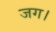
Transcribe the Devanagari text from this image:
जग।